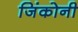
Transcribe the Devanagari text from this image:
जिंकोनी